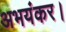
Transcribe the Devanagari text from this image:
अभयंकर।